Report on vaccination North-West Frontier Province 1904-1922 - 1904-1922
Year: 1904
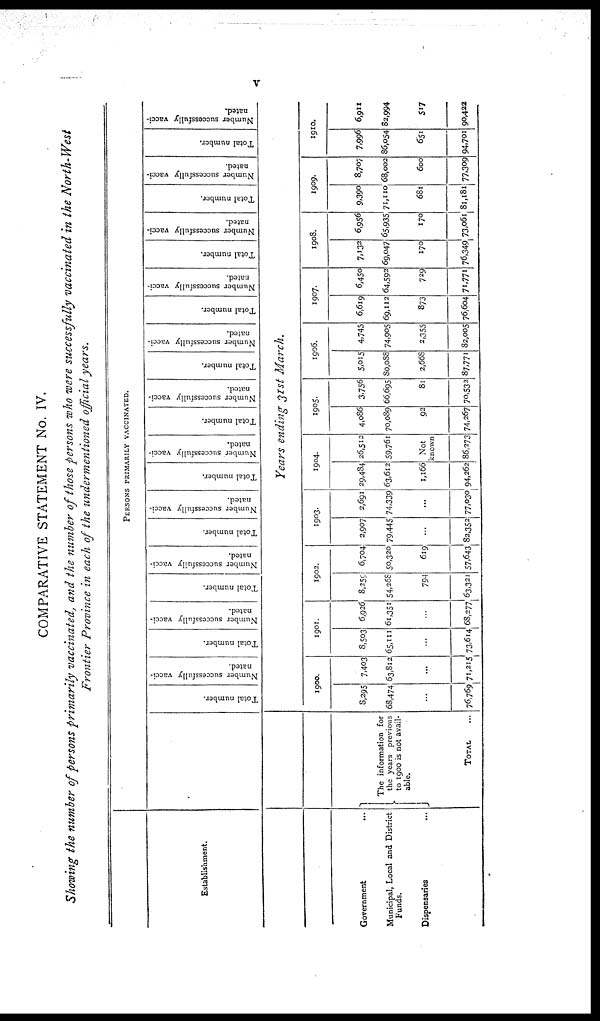
v
COMPARATIVE STATEMENT No. IV.
Showing the number of persons primarily vaccinated, and the number of those persons who were successfully vaccinated in the North-West
Frontier Province in each of the undermentioned official years.
Establishment.
Government ...
Municipal, Local and District
Funds.
Dispensaries ...
The information for
the years previous
to 1900 is not avail-
able.
TOTAL ...
PERSONS PRIMARILY VACCINATED.
Total number.
Number successfully vacci-
nated.
Total number.
Number successfully vacci-
nated.
Total number.
Number successfully vacci-
nated.
Total number.
Number successfully vacci-
nated.
Total number.
Number successfully vacci-
nated.
Total number.
Number successfully vacci-
nated.
Total number.
Number successfully vacci-
nated.
Total number.
Number successfully vacci-
nated.
Total number.
Number successfully vacci-
nated.
Total number.
Number successfully vacci-
nated.
Total number.
Number successfully vacci-
nated.
Years ending 31st March.
1900.
8,295
68,474
...
76,769
7,403
63,812
...
71,215
1901.
8,503
65,111
...
73,614
6,926
61,351
...
68,277
1902.
8,259
54,268
794
63,321
6,704
50,320
619
57,643
1903.
2,907
79,445
...
82,352
2,691
74,339
...
77,030
1904.
29,484
63,612
1,166
94,262
26,512
59,761
Not
known
86,273
1905.
4,086
70,089
92
74,267
3,756
66,695
81
70,532
1906.
5,015
80,088
2,668
87,771
4,745
74,905
2,355
82,005
1907.
6,619
69,112
873
76,604
6,450
64,592
729
71,771
1908.
7,132
69,047
170
76,349
6,956
65,935
170
73,061
1909.
9,390
71,110
681
81,181
8,707
68,002
600
77,309
1910.
7,996
86,054
651
94,701
6,911
82,994
517
90,422